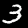
Label: 3